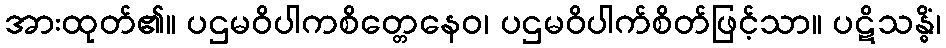
အားထုတ်၏။ ပဌမဝိပါကစိတ္တေနေဝ၊ ပဌမဝိပါက်စိတ်ဖြင့်သာ။ ပဋိသန္ဓိံ၊